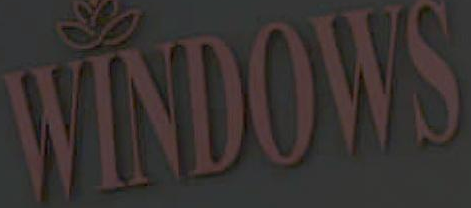
WINDOWS